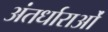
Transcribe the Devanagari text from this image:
अंतर्धाराओं